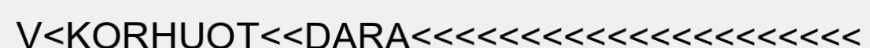
V<KORHUOT<<DARA<<<<<<<<<<<<<<<<<<<<<